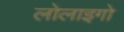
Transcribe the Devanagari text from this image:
लोलाइगो